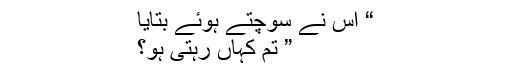
“ اس نے سوچتے ہوئے بتایا
” تم کہاں رہتی ہو؟